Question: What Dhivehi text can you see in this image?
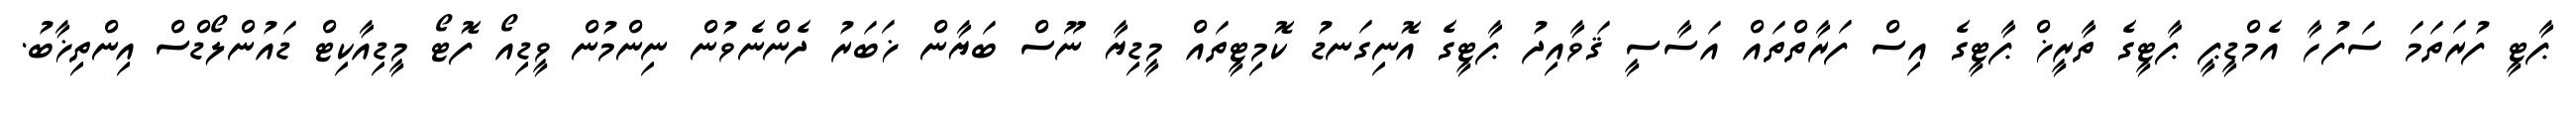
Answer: ޕާޓީ ފުރަތަމަ ސަފުހާ އެމްޑީޕީ ޕާޓީގެ ތާރީޚް ޕާޓީގެ އިސް ފަރާތްތައް އަސާސީ ޤަވާއިދު ޕާޓީގެ އޮނިގަނޑު ކޮމިޓީތައް މީޑިޔާ ނޫސް ބަޔާން ޚަބަރު ދެންނެވުން ނިންމުން ވީޑިއޯ ފޮޓޯ މީޑިއާކިޓް ޑައުންލޯޑްސް އިންތިޚާބު.